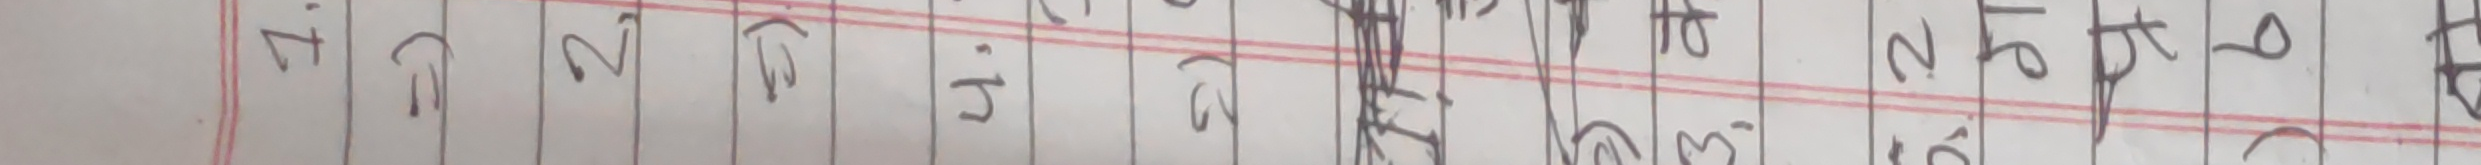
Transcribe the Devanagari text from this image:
1.
=)
2,
८)
4.
に
き
3. के
52
18
प्र
16